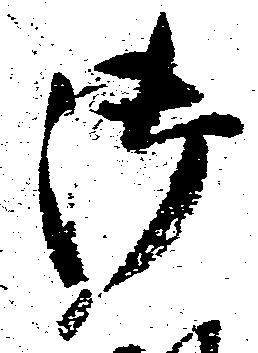
御